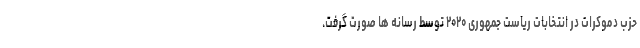
حزب دموکرات در انتخابات ریاست جمهوری ۲۰۲۰ توسط رسانه ها صورت گرفت.